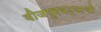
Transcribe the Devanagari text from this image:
वीजपुरवठ्याची